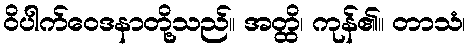
ဝိပါက်ဝေဒနာတို့သည်။ အတ္ထိ၊ ကုန်၏။ တာသံ၊